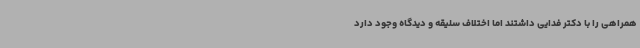
همراهی را با دکتر فدایی داشتند اما اختلاف سلیقه و دیدگاه وجود دارد